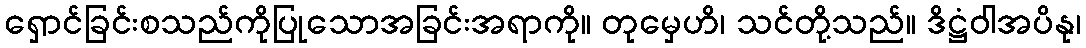
ရှောင်ခြင်းစသည်ကိုပြုသောအခြင်းအရာကို။ တုမှေဟိ၊ သင်တို့သည်။ ဒိဋ္ဌံဝါအပိနု၊